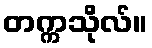
တက္ကသိုလ်။